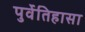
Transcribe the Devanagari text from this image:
पुर्वेतिहासा